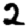
Digit: 2